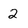
Character: 2